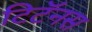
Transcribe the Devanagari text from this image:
टिटॅनस